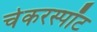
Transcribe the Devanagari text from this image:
चेकरस्पॉट